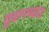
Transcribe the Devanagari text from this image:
युवानच्वांड